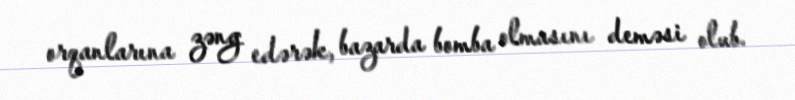
orqanlarına zəng edərək, bazarda bomba olmasını deməsi olub.